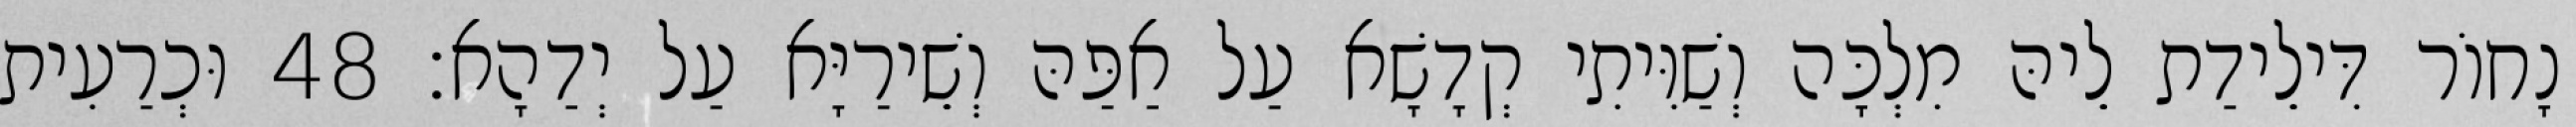
נָחוֹר דִּילֵידַת לֵיהּ מִלְכָּה וְשַׁוִּיתִי קְדָשָׁא עַל אַפַּהּ וְשֵׁירַיָּא עַל יְדַהָא׃ 48 וּכְרַעִית